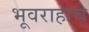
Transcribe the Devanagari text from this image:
भूवराहाचे